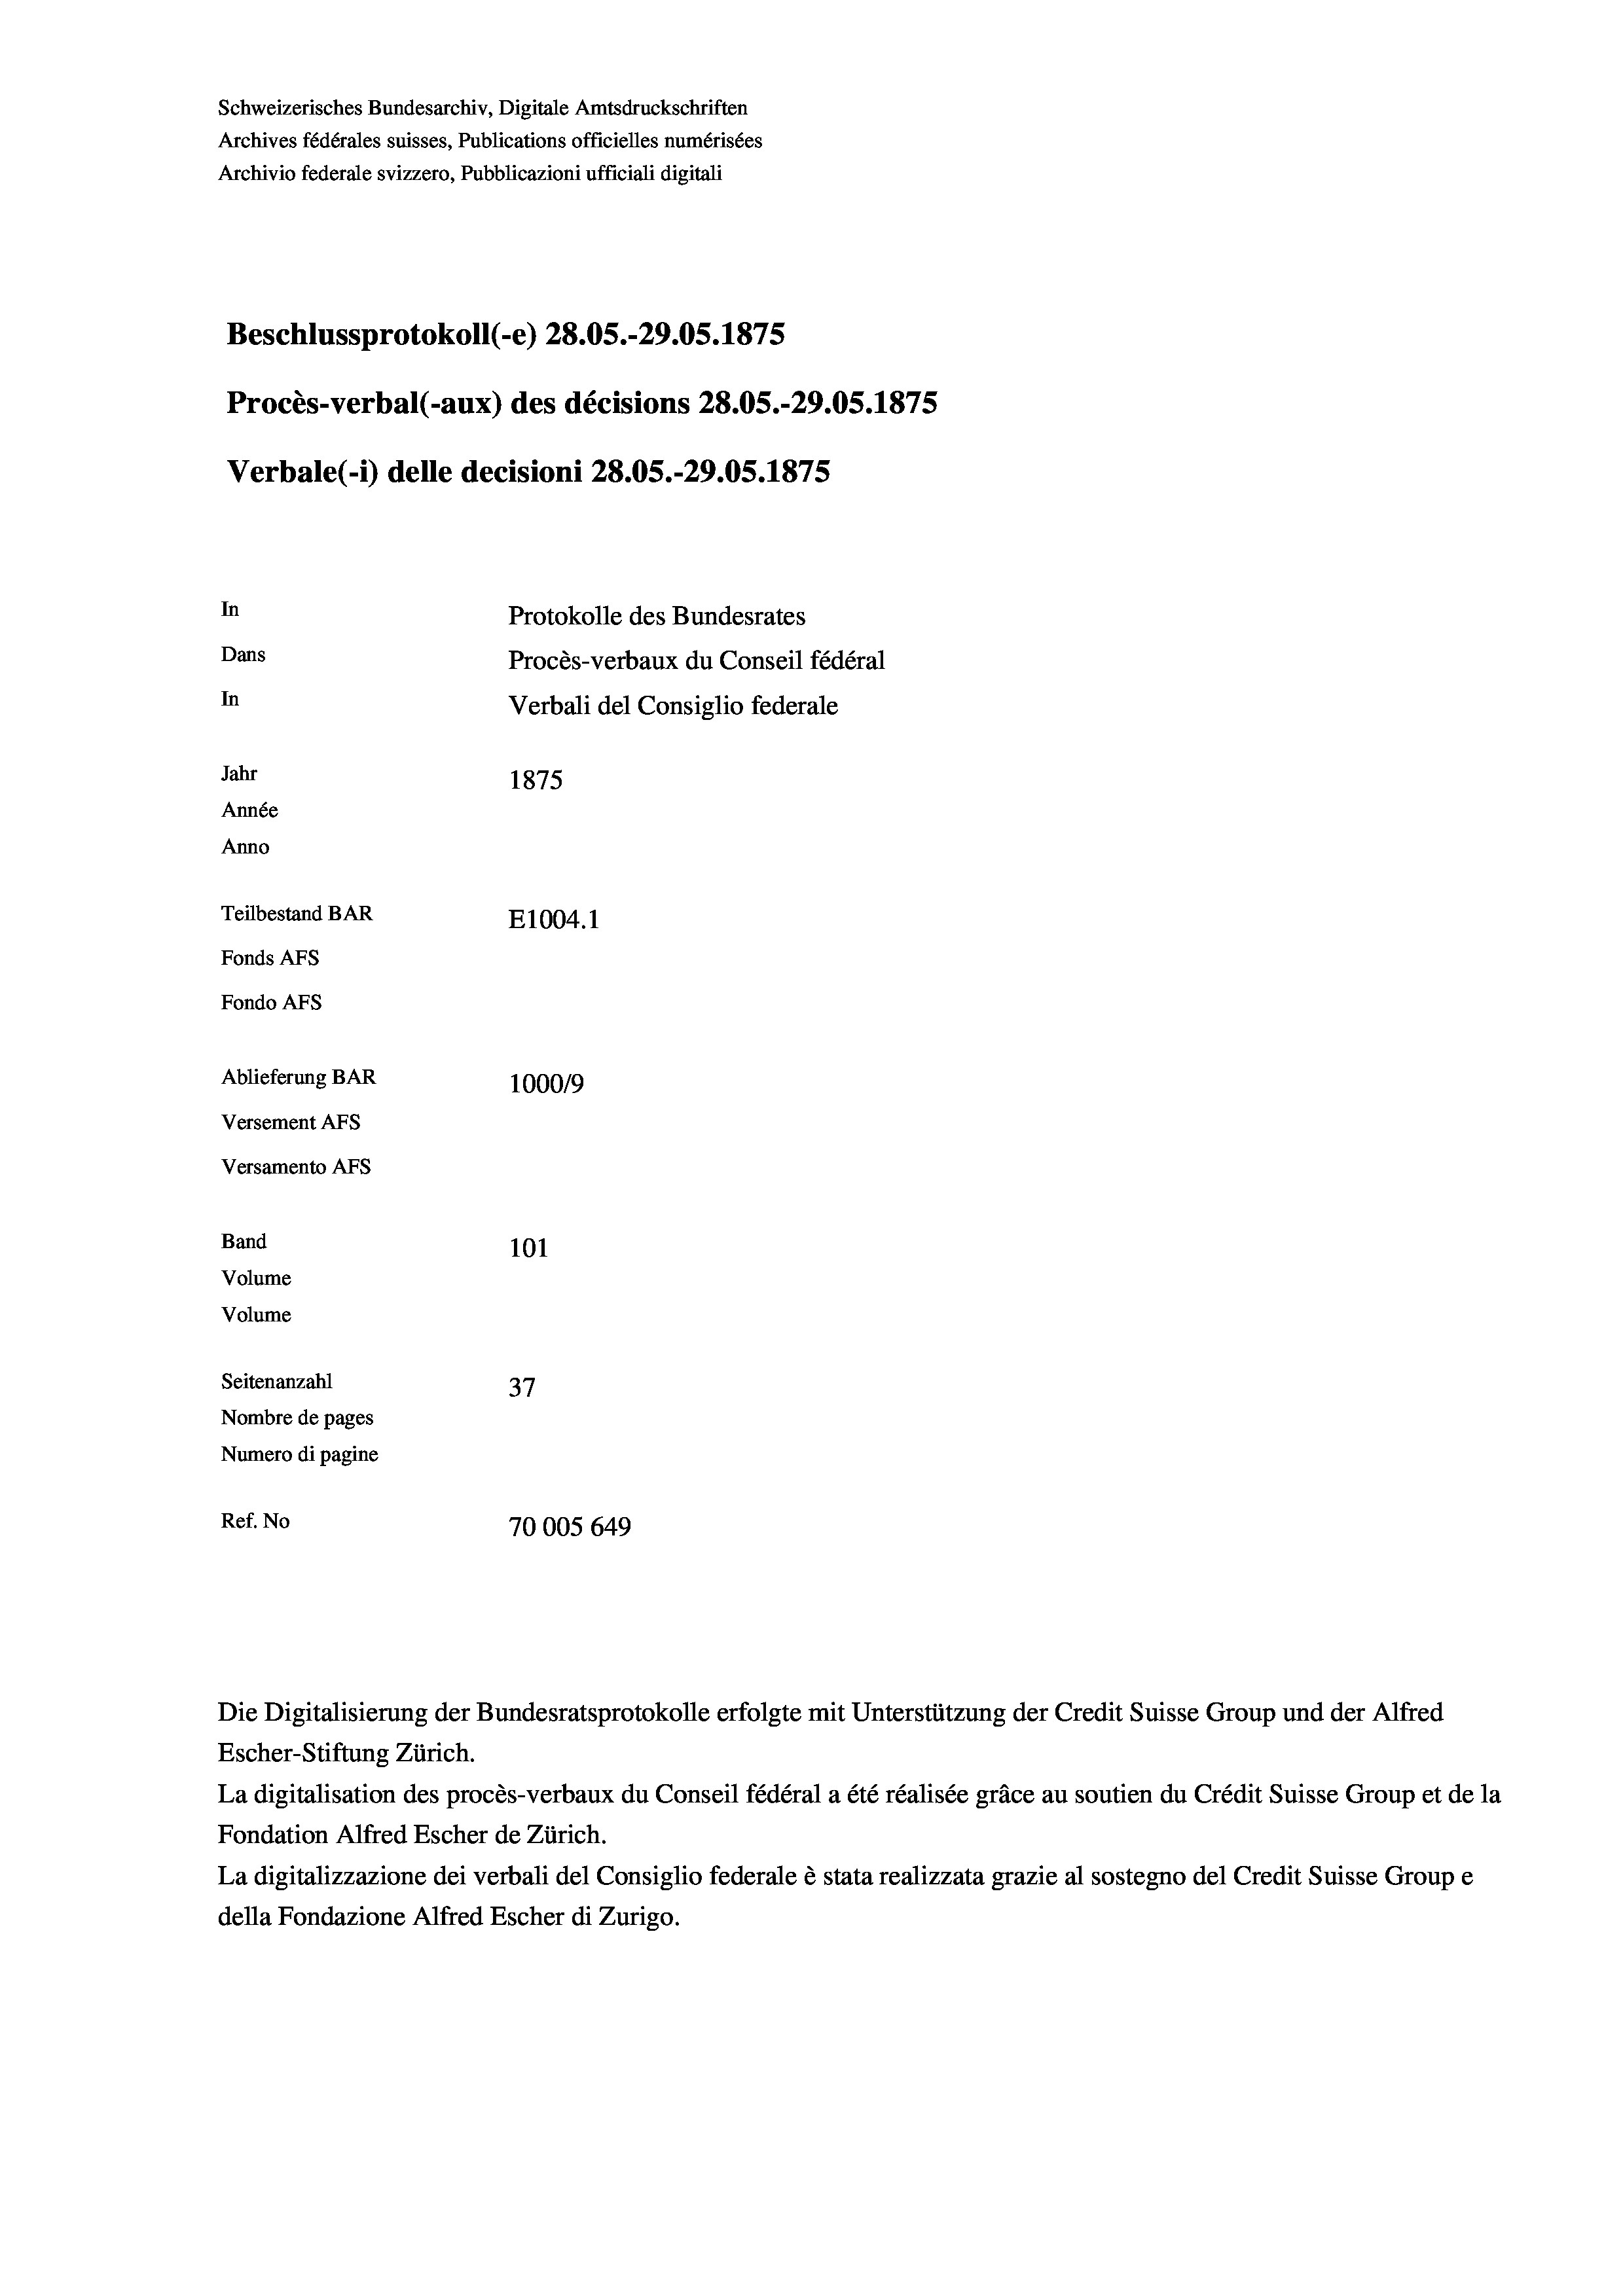
Schweizerisches Bundesarchiv, Digitale Amtsdruckschriften
Archives fédérales suisses, Publications officielles numérisées
Archivio federale svizzero, Pubblicazioni ufficiali digitali

In

Ablieferung BAR
Versement AFs
Versamento Afs
Band
Volume
Volume
Seitenanzahl
Nombre de pages
Numero di pagine

Procès-verbal (-aux) des décisions 28.05.-29.05. 1875
Verbale (i) delle decisioni 28.05.-29.05. 1875

Beschlussprotokoll (-e) 28.05.-29.05. 1875

Dans
In
Jahr
Année
Anno
Teilbestand BAR
E1004. 1
Fonds AFs
Fondo Afs

1875

101
37
Ref. No
70005 649

100019

Protokolle des Bundesrates
Procès-verbaux du Conseil fédéral
Verbali del Consiglio federale

Die Digitalisierung der Bundesratsprotokolle erfolgte mit Unterstützung der Credit Suisse Group und der Alfred
Escher-Stiftung Zürich.
La digitalisation des procès-verbaux du Conseil fédéral a été réalisée gräce au soutien du Crédit Suisse Group et de la
Fondation Alfred Escher de Zürich.
La digitalizzazione dei verbali del Consiglio federale è stata realizzata grazie al sostegno del Credit Suisse Groupe
della Fondazione Alfred Escher di Zurigo.